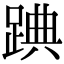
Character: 䠄